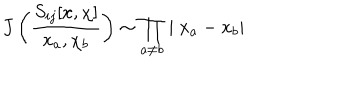
J \left( \frac { S _ { i j } [ x , \chi ] } { x _ { a } , \chi _ { b } } \right) \sim \prod _ { a \neq b } \mid x _ { a } - x _ { b } \mid